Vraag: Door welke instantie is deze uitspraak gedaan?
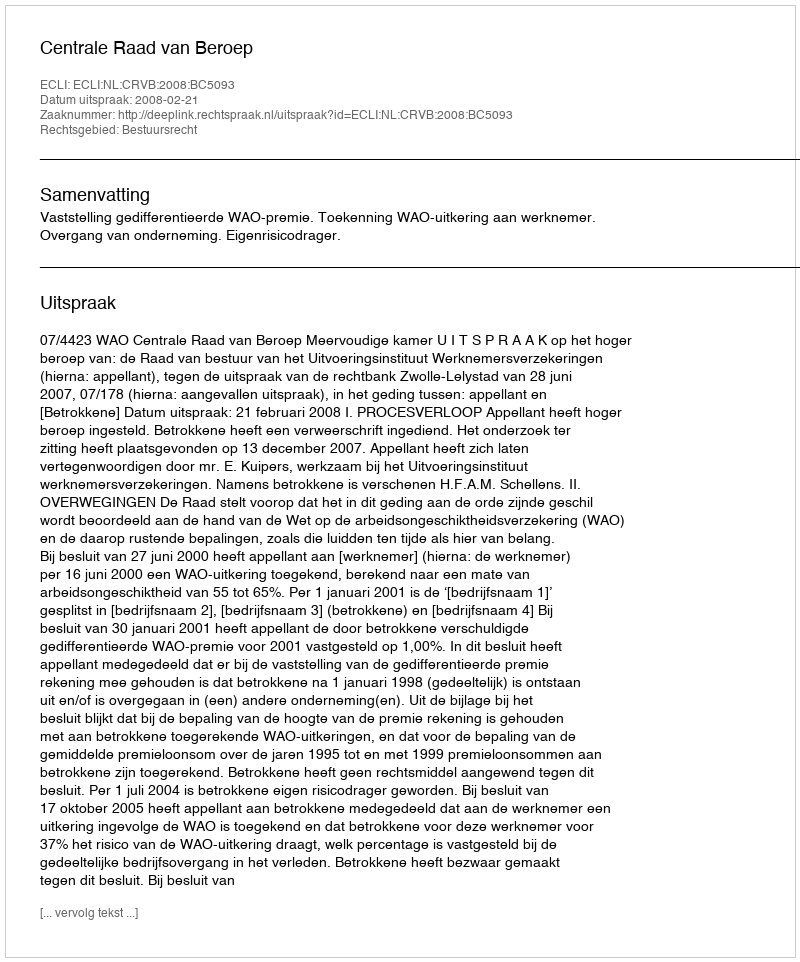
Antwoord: Centrale Raad van Beroep